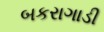
બકરાગાડી